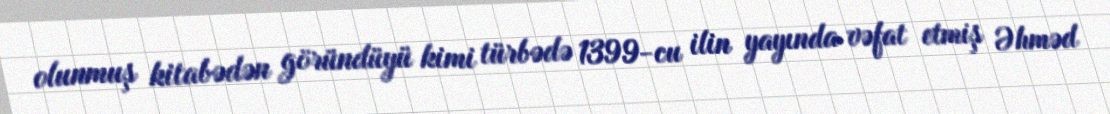
olunmuş kitabədən göründüyü kimi türbədə 1399-cu ilin yayında vəfat etmiş Əhməd